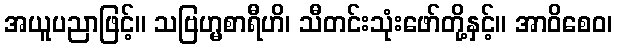
အယူပညာဖြင့်။ သဗြဟ္မစာရီဟိ၊ သီတင်းသုံးဖော်တို့နှင့်။ အာဝိစေဝ၊